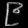
Digit: ၉